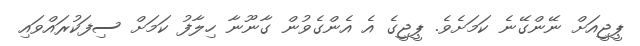
ޕީޖީއަށް ނޭންގޭނެ ކަމަށެވެ. ޕީޖީގެ އެ އެންގެވުން ގާނޫނާ ހިލާފު ކަމަށް ސިފަކުރައްވައި